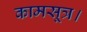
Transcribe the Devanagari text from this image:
कामसूत्र।